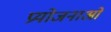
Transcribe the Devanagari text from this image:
प्रयोजनाओं